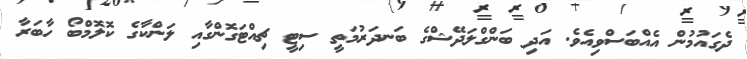
ދެގައުމުން އެއްބަސްވިއެވެ. އަދި ބަންގްލަދޭޝްގެ ބަނދަރުމަތީ ސިޓީ ޗިއްޓަގޮންގާއި ލަންކާގެ ކޮލޮމްބޯ ހާބަރާ